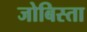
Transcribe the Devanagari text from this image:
जोबिस्ता